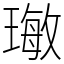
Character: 𤨨